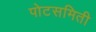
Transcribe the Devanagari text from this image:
पोटसमिती